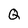
Character: Q